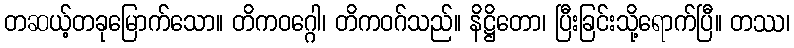
တဆယ့်တခုမြောက်သော။ တိကဝဂ္ဂေါ၊ တိကဝဂ်သည်။ နိဋ္ဌိတော၊ ပြီးခြင်းသို့ရောက်ပြီ။ တဿ၊